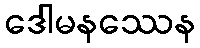
ဒေါမနဿေန